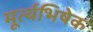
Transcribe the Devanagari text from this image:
मूर्त्यभिषेक